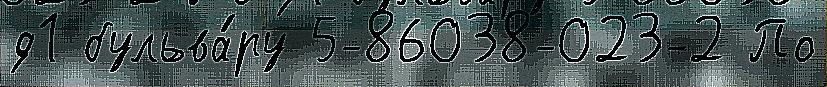
д1 бульва́ру 5-86038-023-2 По